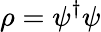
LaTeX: \rho=\psi^{\dagger}\psi